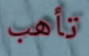
تأهب